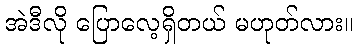
အဲဒီလို ပြောလေ့ရှိတယ် မဟုတ်လား။